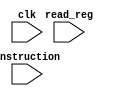
module control_unit(instruction,clk,read_reg);
input clk;
input[4:0] read_reg;
input [31:0] instruction;
wire[5:0] opcode;
reg[5:0] funct; 
assign opcode = instruction[31:26];
reg[31:0] registers [31:0];
reg[31:0] memory [31:0];
reg[31:0] read_1,read_2;
reg[31:0] result;
integer i;
reg[1:0] state;
parameter S0 = 2'b00;
parameter S1 = 2'b01;
parameter S2 = 2'b10;
parameter S3 = 2'b11;

always@(posedge clk)
begin 

    // if(opcode == 8 || opcode == 12 || opcode == 13 || opcode == 14 || opcode == 15){
        
    // }
    funct = instruction[5:0];
    case(state)
        
    S0: begin
        
        case(opcode)
        6'b001000: begin 
               // registers[instruction[25:21]]
            read_1 <= registers[instruction[20:16]];
            read_2 <= instruction[15:0]; 
            
        end
        6'b001001: begin 
            read_1 <= registers[instruction[20:16]];
            read_2 <= instruction[15:0];
            //registers[instruction[25:21]] = registers[instruction[20:16]]&instruction[15:0]; 
        end
        6'b0: begin
           
           case(funct)
           6'd24,6'd20 : begin
               read_1 <= registers[instruction[25:21]];
               read_2 <= registers[instruction[20:16]];
           end
            6'b0,6'b10 : begin 
                read_1 <= registers[instruction[20:16]];
                read_2 <= instruction[10:6];
                
            end
           endcase
            
            
            //read_2 <= registers[instruction[20:16]];
        // case(funct)
        //         6'd24: registers[instruction[15:11]] = registers[instruction[25:21]] + registers[instruction[20:16]];
        //         6'd20: registers[instruction[15:11]] = registers[instruction[25:21]] - registers[instruction[20:16]];
        // endcase
        end

        endcase
        state <= S1;
    end
    S1: begin
        case(opcode)
        6'b001000: begin 
               // registers[instruction[25:21]]
            result <= read_1 + read_2; 
        end
        6'b001001: begin 
            result <= read_1&read_2;
            //registers[instruction[25:21]] = registers[instruction[20:16]]&instruction[15:0]; 
        end
        6'b0: begin
            // read_1 <= registers[instruction[25:21]];
            // read_2 <= registers[instruction[20:16]];
        case(funct)
                6'd24: result <= read_1 + read_2;
               // 6'd20: result <= read_1 - read_2;
                6'd20: begin 
                    
                    result <= read_1 + read_2;
                end
                6'b0: 
                    result <= read_1<<read_2;

                
                6'b10: result <= read_1>>read_2;
        endcase        
        end
        endcase
        state<=S2;
        
    end
    S2:
    begin
        case(opcode)
        6'b001000: begin 
            registers[instruction[25:21]] <= result;
            
        end
        6'b001001: begin 
            
            registers[instruction[25:21]] <= result; 
        end
        6'b0: begin
            registers[instruction[15:11]] <= result;
        // case(funct)
        //         6'd24: registers[instruction[15:11]] = registers[instruction[25:21]] + registers[instruction[20:16]];
        //         6'd20: registers[instruction[15:11]] = registers[instruction[25:21]] - registers[instruction[20:16]];
        // endcase
        end

        endcase
        state<= S0;
    end
    endcase
    $display();
    $display(state,read_reg, registers[instruction[20:16]], result, read_1,read_2,registers[read_reg]);
    
end   
initial 
begin 
    state = 0;
    for(i=0;i<32;i=i+1)
    registers[i] = 32'b0;
end
endmodule